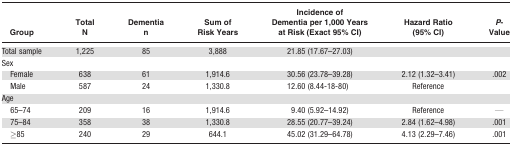
| Group | Total N | Dementia n | Sum of Risk Years | Incidence of Dementia per 1,000 Years at Risk (Exact 95% CI) | Hazard Ratio (95% CI) | P-Value |
 | --- | --- | --- | --- | --- | --- | --- |
 | Total sample | 1,225 | 85 | 3,888 | 21.85 (17.67–27.03) |  |  |
 | <COLSPAN=7> Sex |
 | Female | 638 | 61 | 1,914.6 | 30.56 (23.78–39.28) | 2.12 (1.32–3.41) | .002 |
 | Male | 587 | 24 | 1,330.8 | 12.60 (8.44-18-80) | Reference |  |
 | <COLSPAN=7> Age |
 | 65–74 | 209 | 16 | 1,914.6 | 9.40 (5.92–14.92) | Reference | — |
 | 75–84 | 358 | 38 | 1,330.8 | 28.55 (20.77–39.24) | 2.84 (1.62–4.98) | .001 |
 | ≥85 | 240 | 29 | 644.1 | 45.02 (31.29–64.78) | 4.13 (2.29–7.46) | .001 |